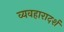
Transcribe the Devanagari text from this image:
व्‍यवहारादर्श